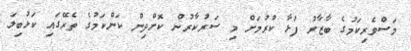
މަސްވެރިކަމުގެ ބާޒާރު ފުޅާ ކުރުމަށް މި ސަރުކާރުން ކޮށްދިން ކަންކަމުގެ ތެރޭގައި ކަޅުބިލަ